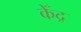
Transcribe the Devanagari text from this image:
केँद्र